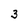
Character: 3